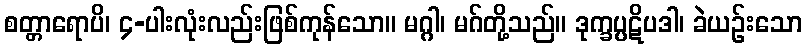
စတ္တာရောပိ၊ ၄-ပါးလုံးလည်းဖြစ်ကုန်သော။ မဂ္ဂါ၊ မဂ်တို့သည်။ ဒုက္ခပ္ပဋိပဒါ၊ ခဲယဉ်းသော